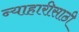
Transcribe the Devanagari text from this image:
न्याहारीसाठी